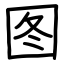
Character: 图